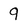
Character: 9